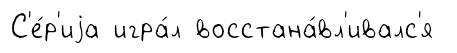
С'е́р'иjа игра́л восстана́вл'ивалс'я